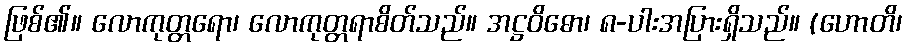
ဖြစ်၏။ လောကုတ္တရော၊ လောကုတ္တရာစိတ်သည်။ အဋ္ဌဝိဓော၊ ၈-ပါးအပြားရှိသည်။ (ဟောတိ၊